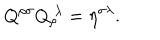
Q ^ { \rho \sigma } Q _ { \rho } ^ { \ \lambda } = \eta ^ { \sigma \lambda } .